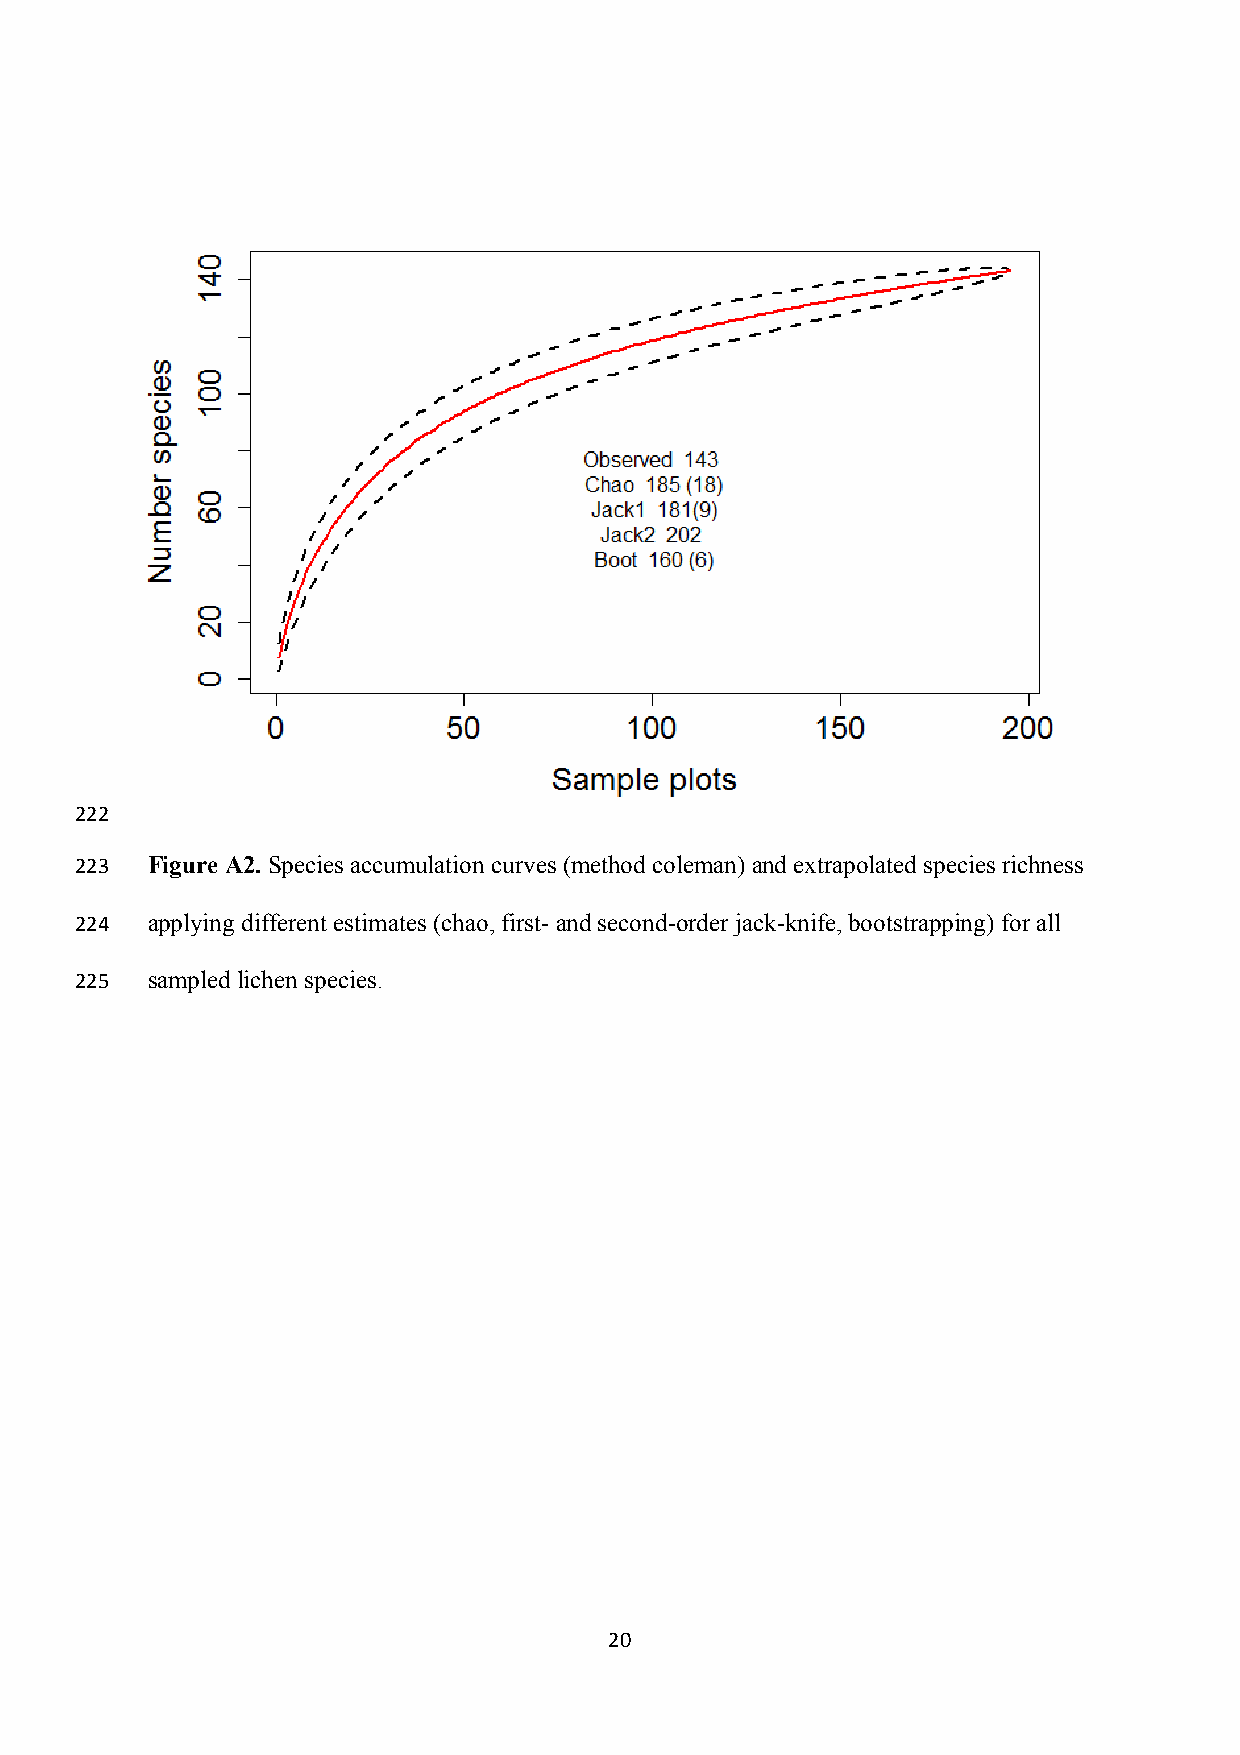
222
 223  Figure A2. Species accumulation curves (method coleman) and extrapolated species richness
 224  applying different estimates (chao, first- and second-order jack-knife, bootstrapping) for all
 225  sampled lichen species.
 20